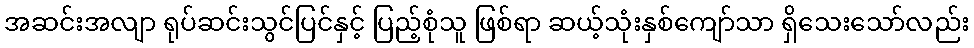
အဆင်းအလျာ ရုပ်ဆင်းသွင်ပြင်နှင့် ပြည့်စုံသူ ဖြစ်ရာ ဆယ့်သုံးနှစ်ကျော်သာ ရှိသေးသော်လည်း